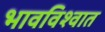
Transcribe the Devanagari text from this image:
भावविश्‍वात